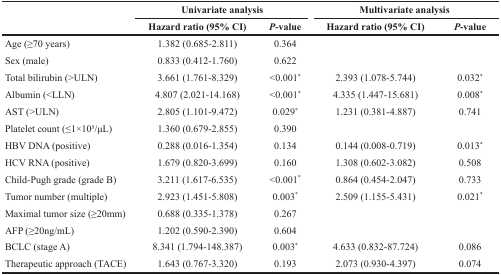
<table><thead><tr><td rowspan="2"></td><td colspan="2"><b>Univariate analysis</b></td><td colspan="2"><b>Multivariate analysis</b></td></tr><tr><td><b>Hazard ratio (95% CI)</b></td><td><b><i>P</i>-value</b></td><td><b>Hazard ratio (95% CI)</b></td><td><b><i>P</i>-value</b></td></tr></thead><tbody><tr><td>Age (≥70 years)</td><td>1.382 (0.685-2.811)</td><td>0.364</td><td></td><td></td></tr><tr><td>Sex (male)</td><td>0.833 (0.412-1.760)</td><td>0.622</td><td></td><td></td></tr><tr><td>Total bilirubin (&gt;ULN)</td><td>3.661 (1.761-8.329)</td><td>&lt;0.001<sup>*</sup></td><td>2.393 (1.078-5.744)</td><td>0.032<sup>*</sup></td></tr><tr><td>Albumin (&lt;LLN)</td><td>4.807 (2.021-14.168)</td><td>&lt;0.001<sup>*</sup></td><td>4.335 (1.447-15.681)</td><td>0.008<sup>*</sup></td></tr><tr><td>AST (&gt;ULN)</td><td>2.805 (1.101-9.472)</td><td>0.029<sup>*</sup></td><td>1.231 (0.381-4.887)</td><td>0.741</td></tr><tr><td>Platelet count (≤1×10<sup>5</sup>/μL)</td><td>1.360 (0.679-2.855)</td><td>0.390</td><td></td><td></td></tr><tr><td>HBV DNA (positive)</td><td>0.288 (0.016-1.354)</td><td>0.134</td><td>0.144 (0.008-0.719)</td><td>0.013<sup>*</sup></td></tr><tr><td>HCV RNA (positive)</td><td>1.679 (0.820-3.699)</td><td>0.160</td><td>1.308 (0.602-3.082)</td><td>0.508</td></tr><tr><td>Child-Pugh grade (grade B)</td><td>3.211 (1.617-6.535)</td><td>&lt;0.001<sup>*</sup></td><td>0.864 (0.454-2.047)</td><td>0.733</td></tr><tr><td>Tumor number (multiple)</td><td>2.923 (1.451-5.808)</td><td>0.003<sup>*</sup></td><td>2.509 (1.155-5.431)</td><td>0.021<sup>*</sup></td></tr><tr><td>Maximal tumor size (≥20mm)</td><td>0.688 (0.335-1.378)</td><td>0.267</td><td></td><td></td></tr><tr><td>AFP (≥20ng/mL)</td><td>1.202 (0.590-2.390)</td><td>0.604</td><td></td><td></td></tr><tr><td>BCLC (stage A)</td><td>8.341 (1.794-148.387)</td><td>0.003<sup>*</sup></td><td>4.633 (0.832-87.724)</td><td>0.086</td></tr><tr><td>Therapeutic approach (TACE)</td><td>1.643 (0.767-3.320)</td><td>0.193</td><td>2.073 (0.930-4.397)</td><td>0.074</td></tr></tbody></table>